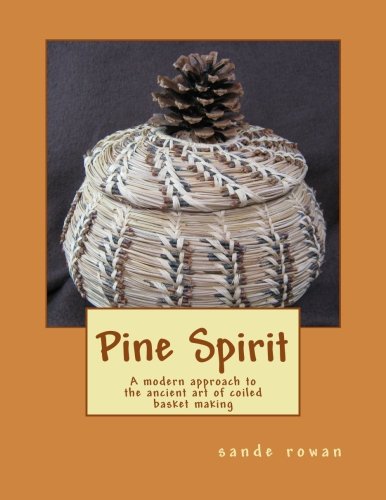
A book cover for Pine Spirit: A modern approach to the ancient art of coiled basket making (Volume 1); ms sande rowan; Crafts, Hobbies & Home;